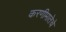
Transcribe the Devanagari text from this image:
करणीमातेचे